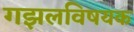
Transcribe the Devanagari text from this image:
गझलविषयक